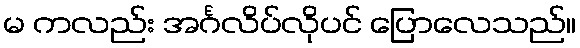
မ ကလည်း အင်္ဂလိပ်လိုပင် ပြောလေသည်။